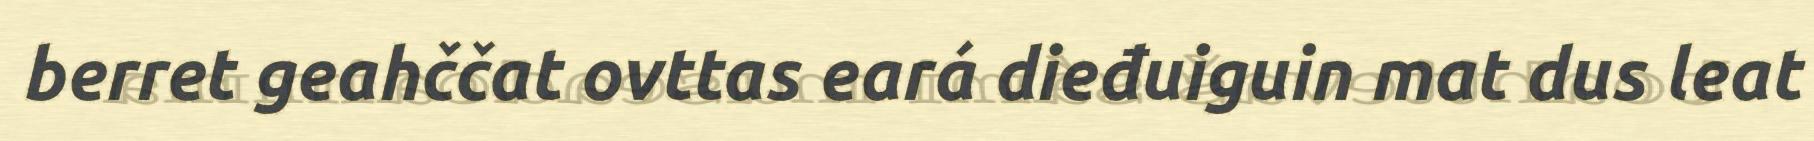
berret geahččat ovttas eará dieđuiguin mat dus leat